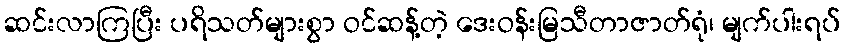
ဆင်းလာကြပြီး ပရိသတ်များစွာ ဝင်ဆန့်တဲ့ ဒေးဝန်းမြသီတာဇာတ်ရုံ၊ မျက်ပါးရပ်